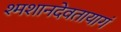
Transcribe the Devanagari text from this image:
श्मशानदेवतायागं